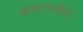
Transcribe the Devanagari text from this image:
बांगलादेश।